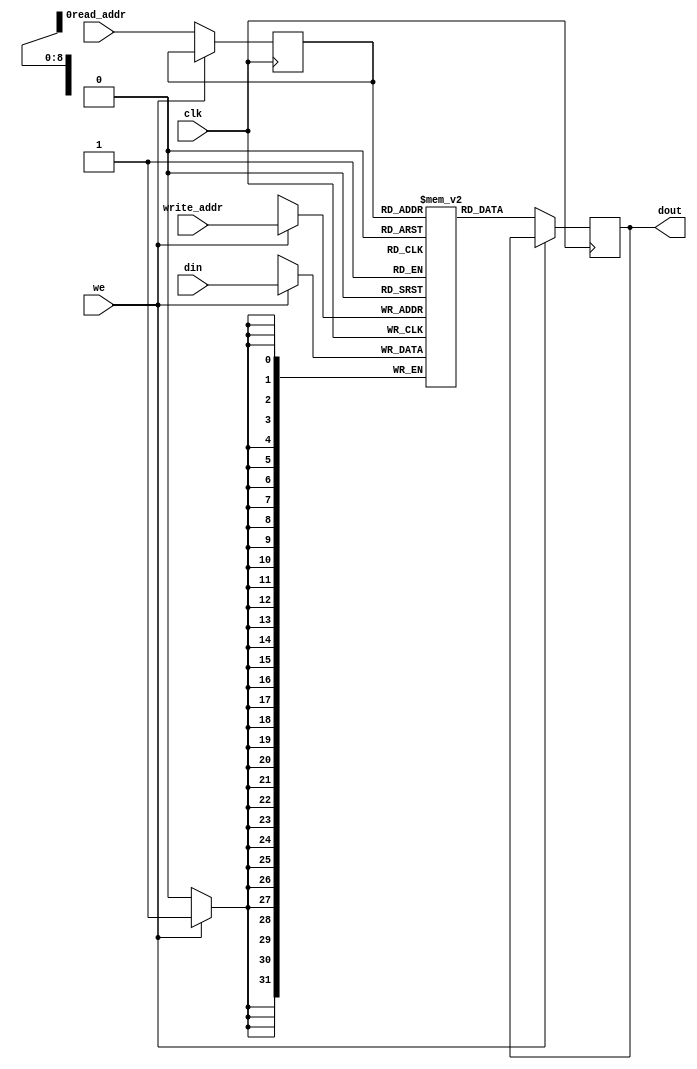
module ram_simple_dp_sync_reg_read_512x32_block (clk, we, read_addr, write_addr, din, dout);
    input clk, we;
    input [8:0] read_addr, write_addr;
    input [31:0] din;
    output reg [31:0] dout;
    
    reg [8:0] read_addr_reg;
   (* ram_style = "block" *) 
    reg [31:0] ram [511:0];

    always @(posedge clk)
    begin
        if (we) begin
            ram[write_addr] <= din;
            
        end
        else begin
            read_addr_reg <= read_addr;
            dout <= ram[read_addr_reg];
        end
    end


endmodule